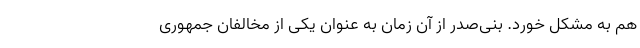
هم به مشکل خورد. بنی‌صدر از آن زمان به عنوان یکی از مخالفان جمهوری